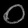
Digit: ၀